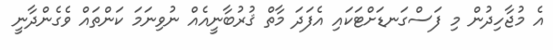
އެ މުޖާހިދުން މި ފަސްގަނޑަށްޓަކައި އެފަދަ މާތް ޤުރުބާނީއެއް ނުވިނަމަ ކަންތައް ވެގެންދާނީ